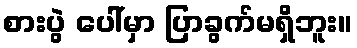
စားပွဲ ပေါ်မှာ ပြာခွက်မရှိဘူး။